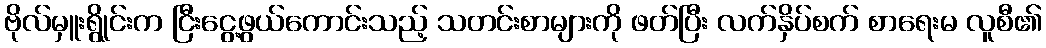
ဗိုလ်မှူးရွိုင်းက ငြီးငွေ့ဖွယ်ကောင်းသည့် သတင်းစာများကို ဖတ်ပြီး လက်နှိပ်စက် စာရေးမ လူစီ၏